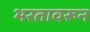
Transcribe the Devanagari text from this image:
भरतावरून